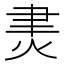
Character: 㶳